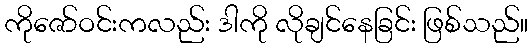
ကိုဇော်ဝင်းကလည်း ဒါကို လိုချင်နေခြင်း ဖြစ်သည်။